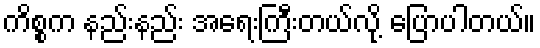
ကိစ္စက နည်းနည်း အရေးကြီးတယ်လို့ ပြောပါတယ်။